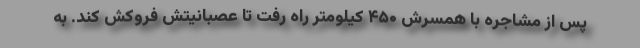
پس از مشاجره با همسرش ۴۵۰ کیلومتر راه رفت تا عصبانیتش فروکش کند. به